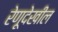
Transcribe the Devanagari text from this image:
रेणूदेखील